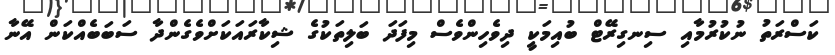
ކަސްރަތު ނުކުރުމާއި ސިނގިރޭޓް ބުއިމަކީ ދިވެހިންވެސް މިފަދަ ބަލިތަކުގެ ޝިކާރައަކަށްވެގެންދާ ސަބަބެއްކަން އޭނާ